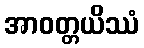
အာဝတ္တယိဿံ